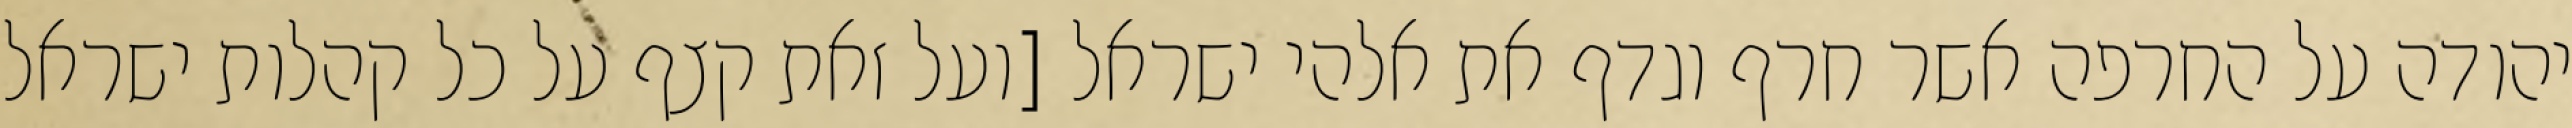
יהודה על החרפה אשר חרף וגדף את אלהי ישראל [ועל זאת קצף על כל קהלות ישראל